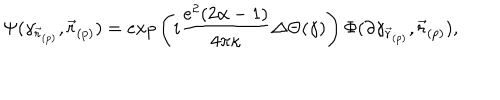
\Psi ( \gamma _ { \vec { r } _ { ( p ) } } , \vec { r } _ { ( p ) } ) = e x p \left( i \frac { e ^ { 2 } ( 2 \alpha - 1 ) } { 4 \pi \kappa } \Delta \Theta ( \gamma ) \right) \Phi ( \partial \gamma _ { \vec { r } _ { ( p ) } } , \vec { r } _ { ( p ) } ) ,